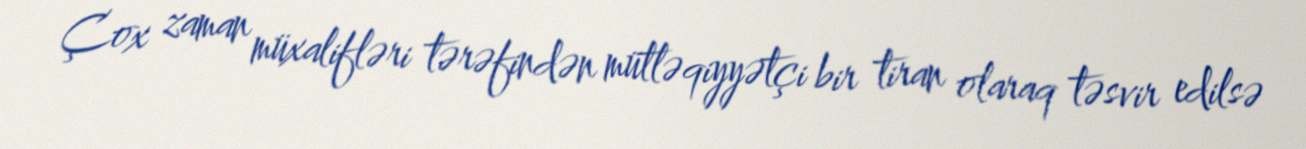
Çox zaman müxalifləri tərəfindən mütləqiyyətçi bir tiran olaraq təsvir edilsə